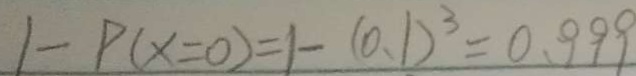
1 - P ( x = 0 ) = 1 - ( 0 . 1 ) ^ { 3 } = 0 . 9 9 9